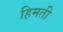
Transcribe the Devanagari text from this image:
हिमती